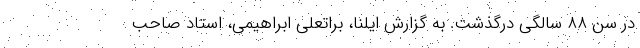
در سن ۸۸ سالگی درگذشت. به گزارش ایلنا، براتعلی ابراهیمی، استاد صاحب